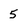
Character: 5